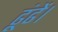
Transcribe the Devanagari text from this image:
ढूंढें।